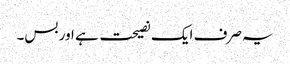
یہ صرف ایک نصیحت ہے اور بس۔